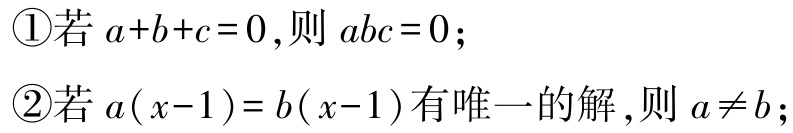
\textcircled{1}若\(a + b + c = 0\),则\(abc = 0\);

\textcircled{2}若\(a(x - 1)=b(x - 1)\)有唯一的解,则\(a\neq b\);